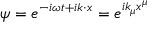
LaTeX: \psi = e ^ { - i \omega t + i k \cdot x } = e ^ { i k _ { \mu } x ^ { \mu } }